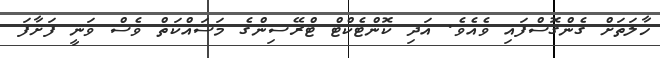
ހާލަތަށް ގެންގޮސްފައި ވެއެވެ. އަދި ކޮންޓެކްޓް ޓްރޭސިންގެ މަސައްކަތް ވެސް ވަނީ ފަށާފަ